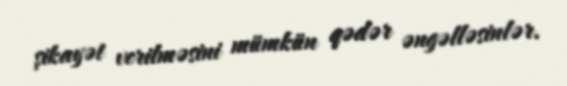
şikayət verilməsini mümkün qədər əngəlləsinlər.